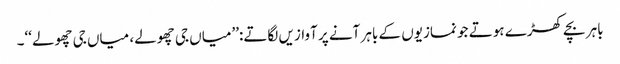
باہر بچے کھڑے ہوتے جو نمازیوں کے باہر آنے پر آوازیں لگاتے:’’میاں جی چھولے، میاں جی چھولے‘‘۔